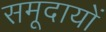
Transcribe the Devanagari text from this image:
समूदायों